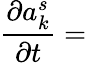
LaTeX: {\frac{\partial a_{k}^{s}}{\partial t}}=